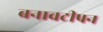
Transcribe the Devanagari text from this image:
बनावटीपन